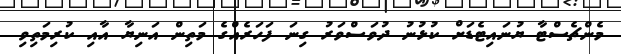
މެންޗެސްޓާ ޔުނައިޓެޑަށް ކުޅުނު ދުވަސްވަރު ގިނަ ފަހަރެއްގެ މަތިން އަނިޔާ އާއި ކުރިމަތިވި